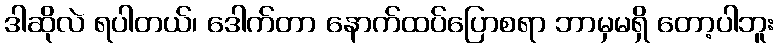
ဒါဆိုလဲ ရပါတယ်၊ ဒေါက်တာ နောက်ထပ်ပြောစရာ ဘာမှမရှိ တော့ပါဘူး